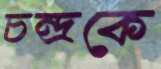
চন্দ্রকে